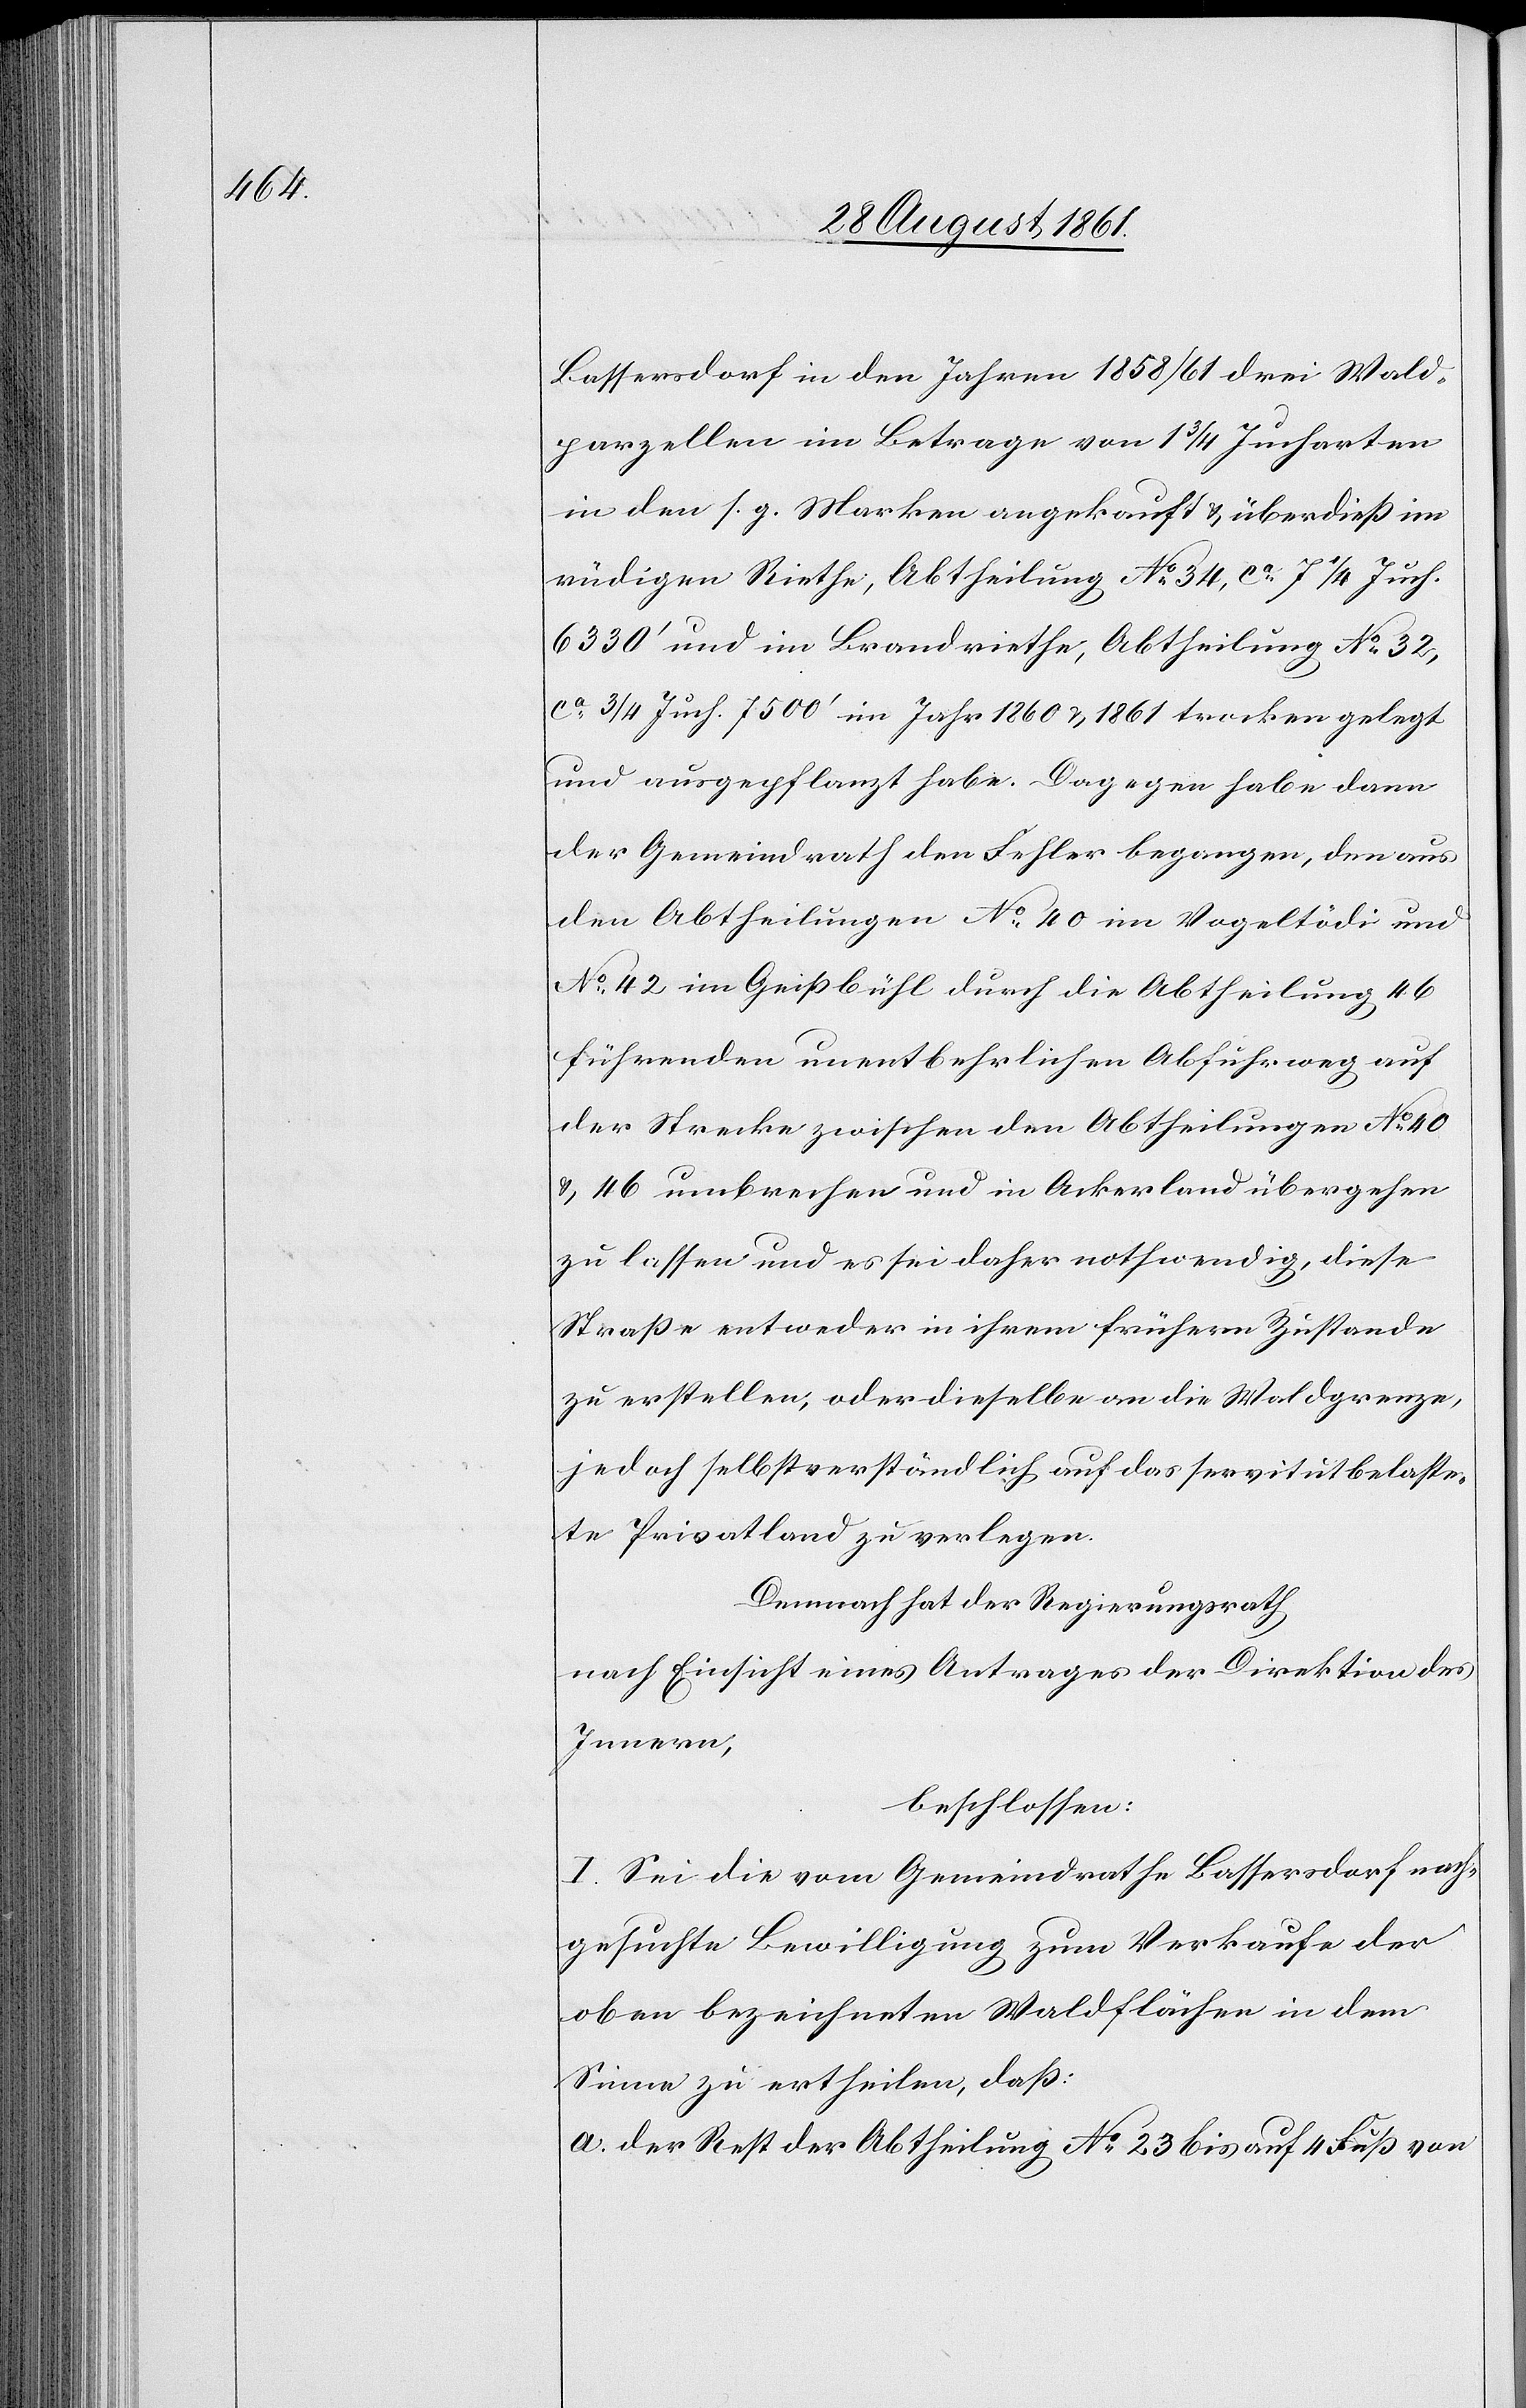
Bassersdorf in den Jahren 1858/61 drei Wald¬
parzellen im Betrage von 1 3/4 Jucharten
in den s. g. Marken angekauft u. überdieß im
rüdigen Riethe, Abtheilung N° 34, ca 7 1/4 Juch.
6330’ und im Brandriethe, Abtheilung N° 32,
ca 3/4 Juch. 7500’ im Jahr 1860 u. 1861 trocken gelegt
und ausgepflanzt habe. Dagegen habe dann
der Gemeindrath den Fehler begangen, den aus
den Abtheilungen N° 40 im Vogeltödi und
N° 42 im Geißbühl durch die Abtheilung 46
führenden unentbehrlichen Abführweg auf
der Strecke zwischen den Abtheilungen N° 40
u. 46 umbrechen und in Ackerland übergehen
zu lassen und es sei daher nothwendig, diese
Straße entweder in ihrem frühern Zustande
zu erstellen, oder dieselbe an die Waldgrenze,
jedoch selbstverständlich auf das servitutsbelaste¬
te Privatland zu verlegen.
Demnach hat der Regierungsrath,
nach Einsicht eines Antrages der Direktion des
Innern,
beschlossen:
I. Sei die vom Gemeindrathe Bassersdorf nach¬
gesuchte Bewilligung zum Verkaufe der
oben bezeichneten Waldflächen in dem
Sinne zu ertheilen, daß:
a. der Rest der Abtheilung N° 23 bis auf 4 Fuß von